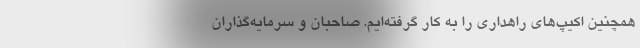
همچنین اکیپ‌های راهداری را به کار گرفته‌ایم. صاحبان و سرمایه‌گذاران